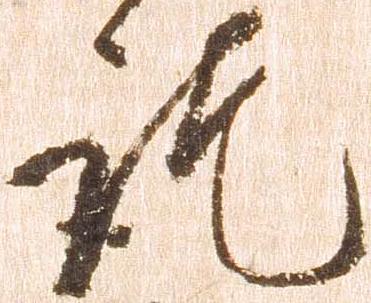
訖